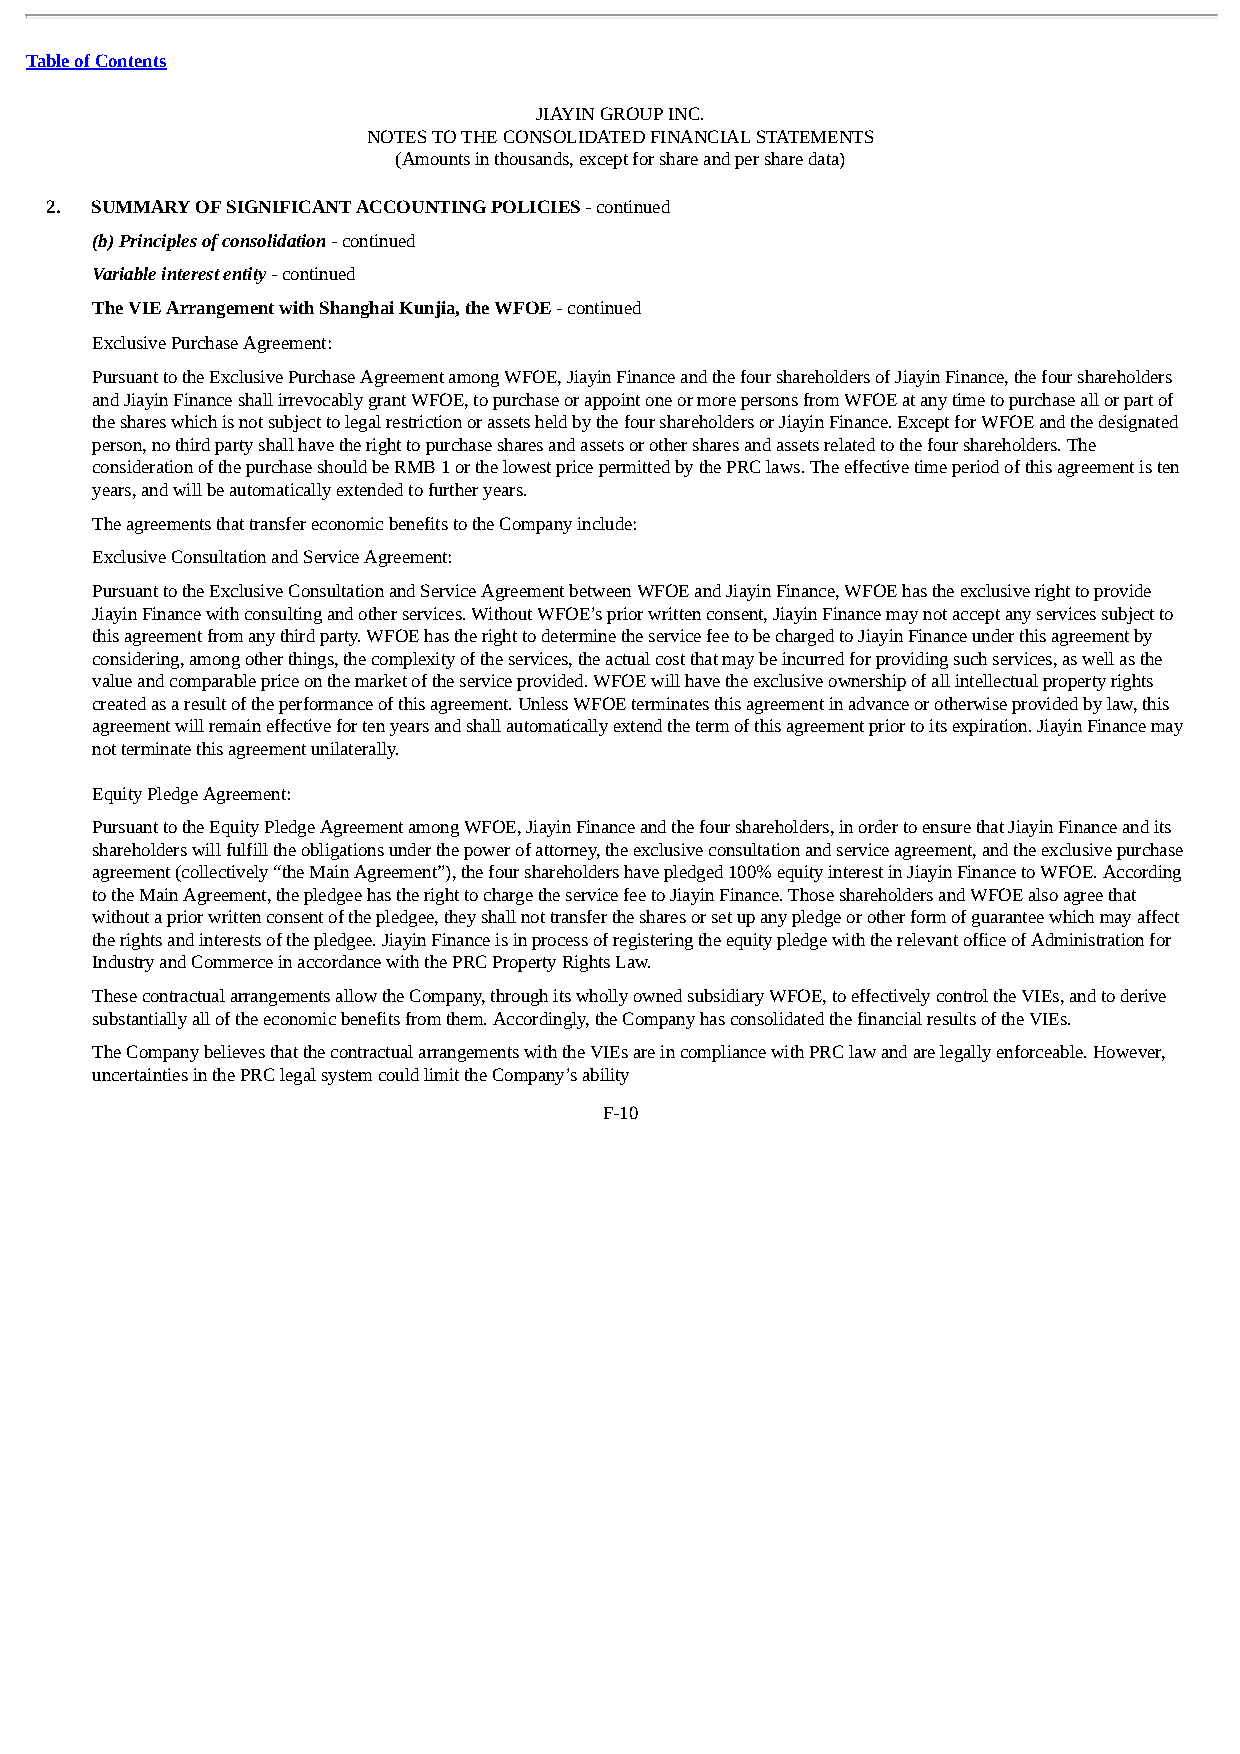
Table of Contents
 JIAYIN GROUP INC.
 NOTES TO THE CONSOLIDATED FINANCIAL STATEMENTS
 (Amounts in thousands, except for share and per share data)
 2. SUMMARY OF SIGNIFICANT ACCOUNTING POLICIES - continued
 (b) Principles of consolidation - continued
 Variable interest entity - continued
 The VIE Arrangement with Shanghai Kunjia, the WFOE - continued
 Exclusive Purchase Agreement:
 Pursuant to the Exclusive Purchase Agreement among WFOE, Jiayin Finance and the four shareholders of Jiayin Finance, the four shareholders
 and Jiayin Finance shall irrevocably grant WFOE, to purchase or appoint one or more persons from WFOE at any time to purchase all or part of
 the shares which is not subject to legal restriction or assets held by the four shareholders or Jiayin Finance. Except for WFOE and the designated
 person, no third party shall have the right to purchase shares and assets or other shares and assets related to the four shareholders. The
 consideration of the purchase should be RMB 1 or the lowest price permitted by the PRC laws. The effective time period of this agreement is ten
 years, and will be automatically extended to further years.
 The agreements that transfer economic benefits to the Company include:
 Exclusive Consultation and Service Agreement:
 Pursuant to the Exclusive Consultation and Service Agreement between WFOE and Jiayin Finance, WFOE has the exclusive right to provide
 Jiayin Finance with consulting and other services. Without WFOE’s prior written consent, Jiayin Finance may not accept any services subject to
 this agreement from any third party. WFOE has the right to determine the service fee to be charged to Jiayin Finance under this agreement by
 considering, among other things, the complexity of the services, the actual cost that may be incurred for providing such services, as well as the
 value and comparable price on the market of the service provided. WFOE will have the exclusive ownership of all intellectual property rights
 created as a result of the performance of this agreement. Unless WFOE terminates this agreement in advance or otherwise provided by law, this
 agreement will remain effective for ten years and shall automatically extend the term of this agreement prior to its expiration. Jiayin Finance may
 not terminate this agreement unilaterally.
 Equity Pledge Agreement:
 Pursuant to the Equity Pledge Agreement among WFOE, Jiayin Finance and the four shareholders, in order to ensure that Jiayin Finance and its
 shareholders will fulfill the obligations under the power of attorney, the exclusive consultation and service agreement, and the exclusive purchase
 agreement (collectively “the Main Agreement”), the four shareholders have pledged 100% equity interest in Jiayin Finance to WFOE. According
 to the Main Agreement, the pledgee has the right to charge the service fee to Jiayin Finance. Those shareholders and WFOE also agree that
 without a prior written consent of the pledgee, they shall not transfer the shares or set up any pledge or other form of guarantee which may affect
 the rights and interests of the pledgee. Jiayin Finance is in process of registering the equity pledge with the relevant office of Administration for
 Industry and Commerce in accordance with the PRC Property Rights Law.
 These contractual arrangements allow the Company, through its wholly owned subsidiary WFOE, to effectively control the VIEs, and to derive
 substantially all of the economic benefits from them. Accordingly, the Company has consolidated the financial results of the VIEs.
 The Company believes that the contractual arrangements with the VIEs are in compliance with PRC law and are legally enforceable. However,
 uncertainties in the PRC legal system could limit the Company’s ability
 F-10